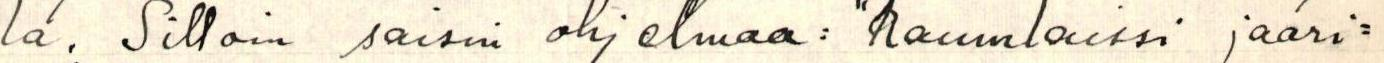
la. Silloin saisin ohjelmaa: "Raumlaissi jaari-